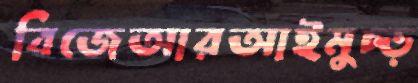
বিজেআরআইমুচ্‌ড়